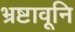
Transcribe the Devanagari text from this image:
भ्रष्टावूनि